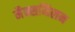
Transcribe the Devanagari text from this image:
मैक्समिलन